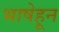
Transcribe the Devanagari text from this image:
भाषेहून